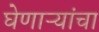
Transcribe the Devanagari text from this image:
घेणाऱ्यांचा